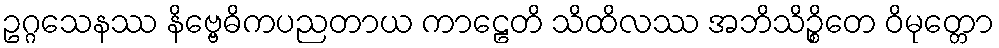
ဥဂ္ဂသေနဿ နိဗ္ဗေဓိကပညတာယ ကာဠေတိ သိထိလဿ အဘိသိဉ္စိတေ ဝိမုတ္တော